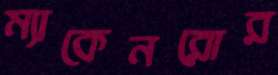
ম্যাকেনরোর